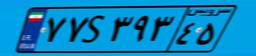
۷۷S۳۹۳۴۵